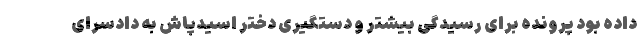
داده بود پرونده برای رسیدگی بیشتر و دستگیری دختر اسیدپاش به دادسرای